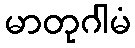
မာတုဂါမံ